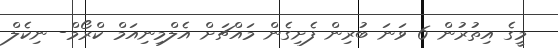
މީގެ އިތުރުން 6 ވަނަ ބުރިން ފެށިގެން މައްޗަށް އެލްމިނިއަމް ކްރޯމް- ނިކެލް